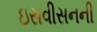
ઇસવીસનની